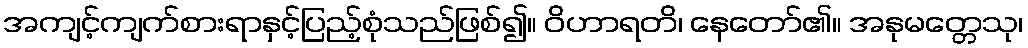
အကျင့်ကျက်စားရာနှင့်ပြည့်စုံသည်ဖြစ်၍။ ဝိဟာရတိ၊ နေတော်၏။ အနုမတ္တေသု၊